Indian journal of veterinary science and animal husbandry - Volume 6,
Year: 1936
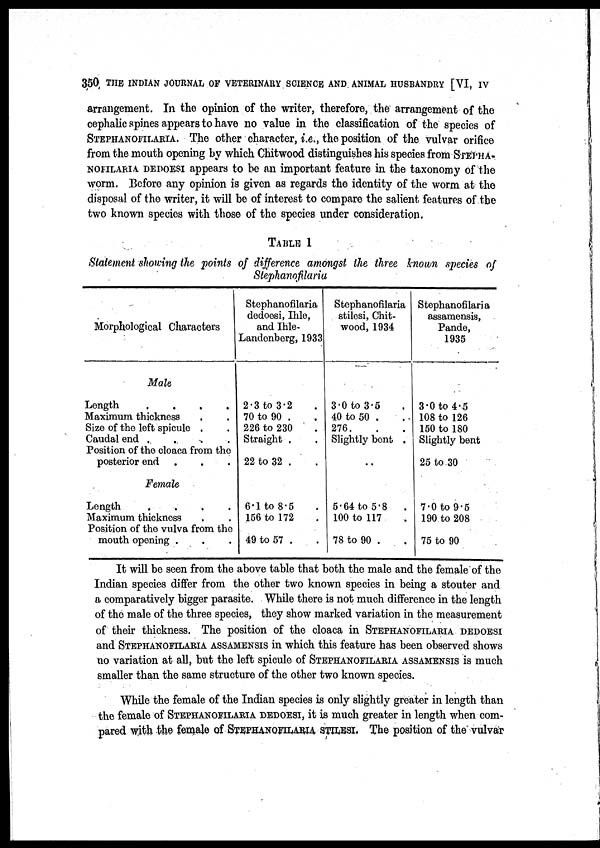
350 THE INDIAN JOURNAL OF VETERINARY SCIENCE AND ANIMAL HUSBANDRY [VI, IV
arrangement. In the opinion of the writer, therefore, the arrangement of the
cephalic spines appears to have no value in the classification of the species of
STEPHANOFILARIA. The other character, i.e., the position of the vulvar orifice
from the mouth opening by which Chitwood distinguishes his species from STEPHA-
NOFILARIA DEDOESI appears to be an important feature in the taxonomy of the
worm. Before any opinion is given as regards the identity of the worm at the
disposal of the writer, it will be of interest to compare the salient features of the
two known species with those of the species under consideration.
TABLE 1
Statement showing the points of difference amongst the three known species of
Stephanofilaria
Morphological Characters
Male
Length
.
.
.
.
Maximum thickness . .
Size of the left spicule . .
Caudal end
.
.
.
.
Position of the cloaca from the
posterior end . . .
Female
Length
.
.
.
.
Maximum thickness . .
Position of the vulva from the
mouth opening . . .
Stephanofilaria
dedoesi, Ihle,
and Ihle-
Landenberg, 1933
2.3 to 3.2 .
70 to 90 . .
226 to 230 .
Straight . .
22 to 32 . .
6.1 to 8.5 .
156 to 172 .
49 to 57 . .
Stephanofilaria
stilesi, Chit-
wood, 1934
3.0 to 3.5 .
40 to 50 . .
276. . .
Slightly bent .
..
5.64 to 5.8
.
100 to 117 .
78 to 90 . .
Stephanofilaria
assamensis,
Pande,
1935
3.0 to 4.5
108 to 126
150 to 180
Slightly bent
25 to 30
7.0 to 9.5
190 to 208
75 to 90
It will be seen from the above table that both the male and the female of the
Indian species differ from the other two known species in being a stouter and
a comparatively bigger parasite. While there is not much difference in the length
of the male of the three species, they show marked variation in the measurement
of their thickness. The position of the cloaca in STEPHANOFILARIA DEDOESI
and STEPHANOFILARIA ASSAMENSIS in which this feature has been observed shows
no variation at all, but the left spicule of STEPHANOFILARIA ASSAMENSIS is much
smaller than the same structure of the other two known species.
While the female of the Indian species is only slightly greater in length than
the female of STEPHANOFILARIA DEDOESI, it is much greater in length when com-
pared with the female of STEPHANOFILARIA STILESI. The position of the vulvar